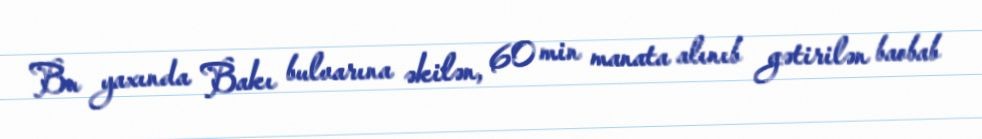
Bu yaxında Bakı bulvarına əkilən, 60 min manata alınıb gətirilən baobab